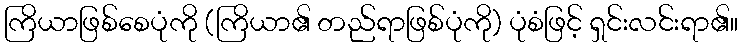
ကြိယာဖြစ်စေပုံကို (ကြိယာ၏ တည်ရာဖြစ်ပုံကို) ပုံစံဖြင့် ရှင်းလင်းရာ၏။